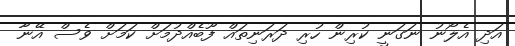
އަދި އެލޯނު ނަގަނީ ކުރިން ހުރި ދަރަނިތައް ފޫބެއްދުމަށް ކަމަށް ވެސް އޭނާ